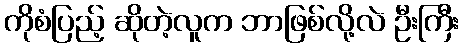
ကိုစံပြည့် ဆိုတဲ့လူက ဘာဖြစ်လို့လဲ ဦးကြီး